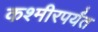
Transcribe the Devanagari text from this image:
कश्मीरपर्यंत